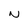
Character: N